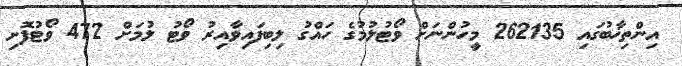
އިންތިޚާބުގައި 262135 މީހުންނަށް ވޯޓުލުމުގެ ހައްގު ލިބިފައިވާއިރު ވޯޓު ލުމަށް 472 ވޯޓުފޮށި